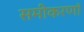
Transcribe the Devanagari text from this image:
समीकरणॉ